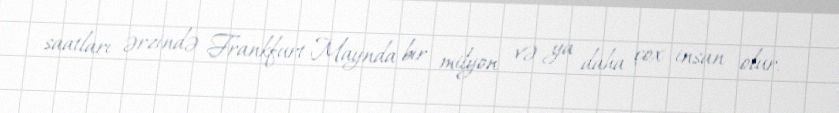
saatları ərzində Frankfurt-Maynda bir milyon və ya daha çox insan olur.